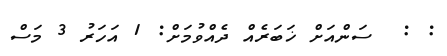
: :  ސަންއަށް ޚަބަރެއް ދެއްވުމަށް: 1 އަހަރު 3 މަސް